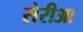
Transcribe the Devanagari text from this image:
सेरीआ